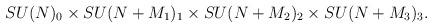
LaTeX: \begin{align*}SU(N)_0\times SU(N+M_1)_1\times SU(N+M_2)_2\times SU(N+M_3)_3.\end{align*}